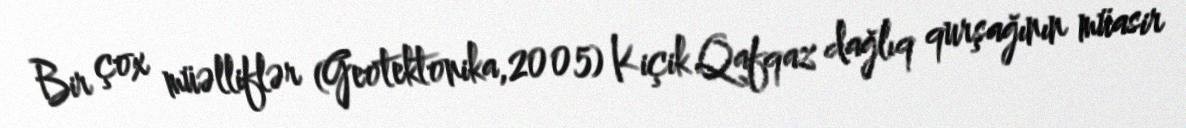
Bir çox müəlliflər (Geotektonika,2005) Kiçik Qafqaz dağlıq qurşağının müasir